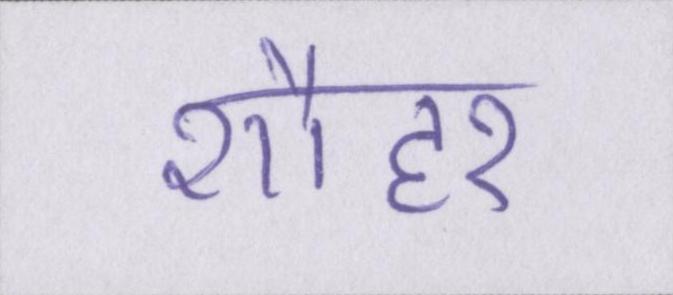
शौहर